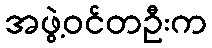
အဖွဲ့ဝင်တဦးက